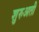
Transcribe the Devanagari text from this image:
शुरुअती